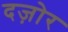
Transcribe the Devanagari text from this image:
दज़ोर